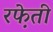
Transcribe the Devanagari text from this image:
रफे़ती